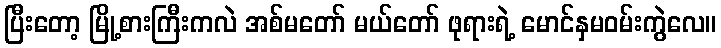
ပြီးတော့ မြို့စားကြီးကလဲ အစ်မတော် မယ်တော် ဖုရားရဲ့ မောင်နှမဝမ်းကွဲလေ။